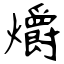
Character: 爝